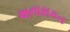
અનાસકત